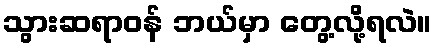
သွားဆရာဝန် ဘယ်မှာ တွေ့လို့ရလဲ။